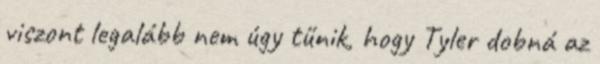
viszont legalább nem úgy tűnik, hogy Tyler dobná az